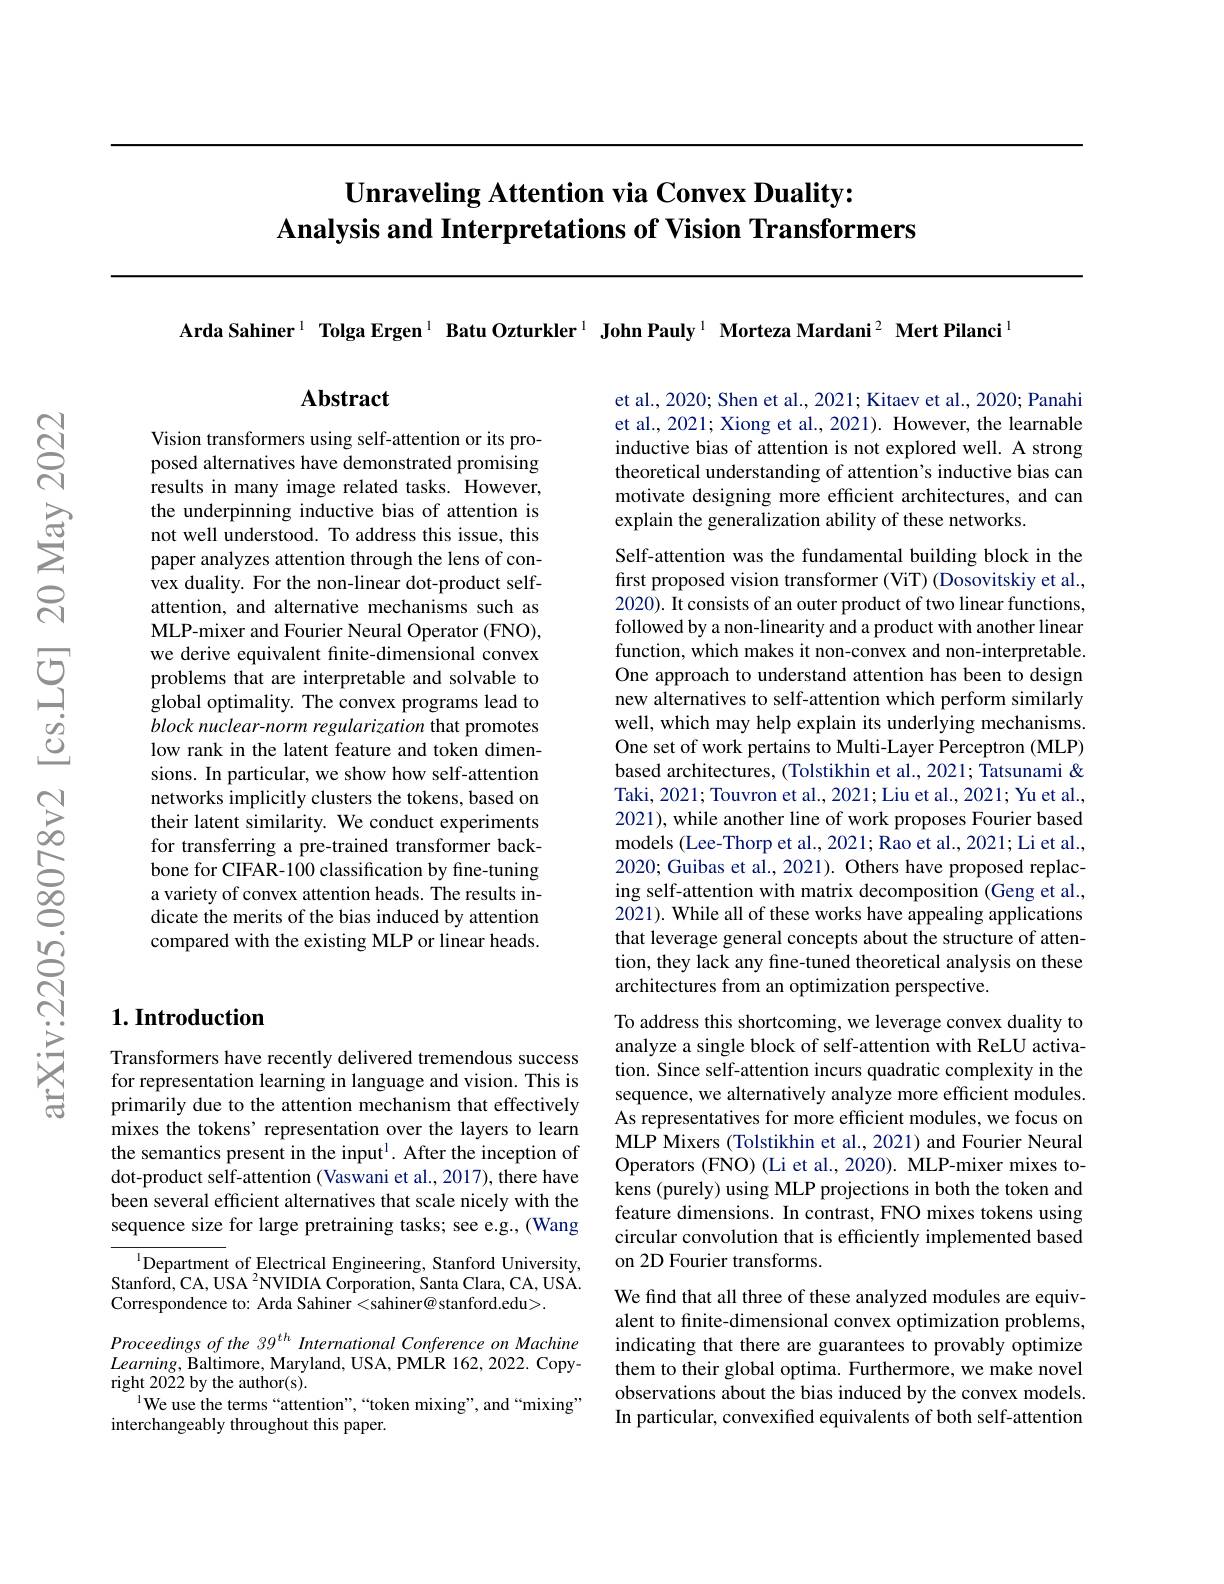
# $\textbf{Unraveling Attention via Convex Duality: }$ Analysis and Interpretations of Vision Transformers

Arda Sahiner$^{1}$ Tolga Ergen$^{1}$ Batu Ozturkler$^{1}$ John Pauly$^{1}$ Morteza Mardani$^{2}$ Mert Pilanci$^{1}$

## $1. \textbf{Introduction}$

Transformers have recently delivered tremendous success for representation learning in language and vision. This is primarily due to the attention mechanism that effectively mixes the tokens' representation over the layers to learn the semantics present in the input$^1.$ After the inception of dot-product self-attention (Vaswani et al., 2017), there have been several efficient alternatives that scale nicely with the sequence size for large pretraining tasks; see e.g., (Wang

$^{1}$Department of Electrical Engineering, Stanford University, $\mathrm{Stanford,CA,USA~}^{2}$NVIDIA Corporation, Santa Clara, CA, USA. Correspondence to: Arda Sahiner <sahiner@ stanford.edu>.

Proceedings of the 39$^{th}$ International Conference on Machine $Learning$,Baltimore, Maryland, USA, PMLR 162, 2022. Copyright 2022 by the author(s).
$^{1}$We use the terms“attention”,“token mixing”, and“mixing”
interchangeably throughout this paper.

Abstract

Vision transformers using self-attention or its proposed alternatives have demonstrated promising results in many image related tasks. However, the underpinning inductive bias of attention is not well understood. To address this issue, this paper analyzes attention through the lens of convex duality. For the non-linear dot-product selfattention, and alternative mechanisms such as MLP-mixer and Fourier Neural Operator (FNO), we derive equivalent finite-dimensional convex problems that are interpretable and solvable to global optimality. The convex programs lead to block nuclear- norm regularization that promotes low rank in the latent feature and token dimensions. In particular, we show how self-attention networks implicitly clusters the tokens, based on their latent similarity. We conduct experiments for transferring a pre-trained transformer backbone for CIFAR-100 classification by fine-tuning a variety of convex attention heads. The results indicate the merits of the bias induced by attention compared with the existing MLP or linear heads.

et al., 2020; Shen et al., 2021; Kitaev et al., 2020; Panahi et al., 2021; Xiong et al., 2021). However, the learnable inductive bias of attention is not explored well. A strong theoretical understanding of attention's inductive bias can motivate designing more efficient architectures, and can explain the generalization ability of these networks.

Self-attention was the fundamental building block in the first proposed vision transformer (ViT) (Dosovitskiy et al., 2020). It consists of an outer product of two linear functions, followed by a non-linearity and a product with another linear function, which makes it non-convex and non-interpretable. One approach to understand attention has been to design new alternatives to self-attention which perform similarly well, which may help explain its underlying mechanisms. One set of work pertains to Multi-Layer Perceptron (MLP) based architectures, (Tolstikhin et al., 2021; Tatsunami & Taki, 2021; Touvron et al., 2021; Liu et al., 2021; Yu et al., 2021), while another line of work proposes Fourier based models (Lee-Thorp et al., 2021; Rao et al., 2021; Li et al., 2020; Guibas et al., 2021). Others have proposed replacing self-attention with matrix decomposition (Geng et al., 2021). While all of these works have appealing applications that leverage general concepts about the structure of attention, they lack any fine-tuned theoretical analysis on these architectures from an optimization perspective.

To address this shortcoming, we leverage convex duality to analyze a single block of self-attention with ReLU activation. Since self-attention incurs quadratic complexity in the sequence, we alternatively analyze more efficient modules. As representatives for more efficient modules, we focus on MLP Mixers (Tolstikhin et al., 2021) and Fourier Neural Operators (FNO) (Li et al., 2020). MLP-mixer mixes tokens (purely) using MLP projections in both the token and feature dimensions. In contrast, FNO mixes tokens using circular convolution that is efficiently implemented based on 2D Fourier transforms.

We find that all three of these analyzed modules are equivalent to finite-dimensional convex optimization problems, indicating that there are guarantees to provably optimize them to their global optima. Furthermore, we make novel observations about the bias induced by the convex models. In particular, convexified equivalents of both self-attention